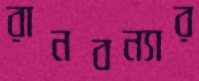
রানবন্যার